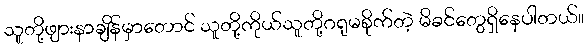
သူတို့ဖျားနာချိန်မှာတောင် သူတို့ကိုယ်သူတို့ဂရုမစိုက်တဲ့ မိခင်တွေရှိနေပါတယ်။